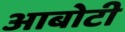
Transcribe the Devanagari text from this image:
आबोटी